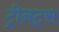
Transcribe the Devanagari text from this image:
ट्रीनट्स